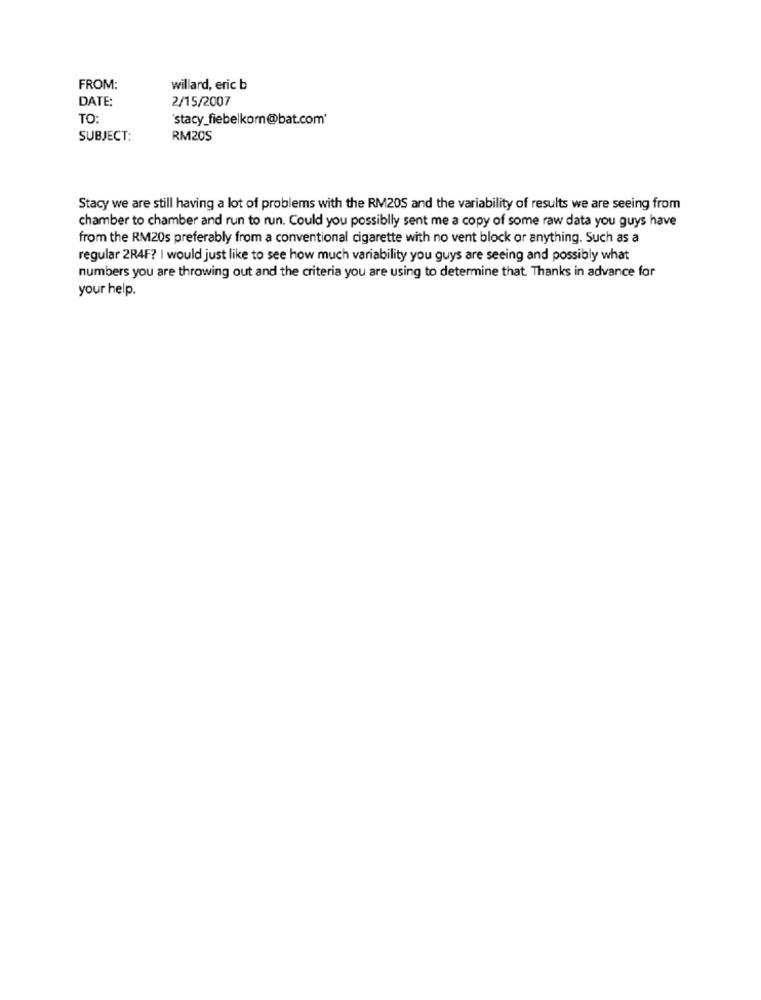
FROM:
willard, eric b
DATE:
2/15/2007
TO:
'stacy_fiebelkom@bat.com'
SUBJECT:
RM20S
Stacy we are still having a lot of problems with the RM20S and the variability of results we are seeing from
chamber to chamber and run to run. Could you possiblly sent me a copy of some raw data you guys have
from the RM20s preferably from a conventional cigarette with no vent block or anything. Such as a
regular 2R4F? I would just like to see how much variability you guys are seeing and possibly what
numbers you are throwing out and the criteria you are using to determine that. Thanks in advance for
your help.